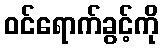
ဝင်ရောက်ခွင့်ကို